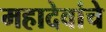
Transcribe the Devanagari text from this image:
महादेवांचे